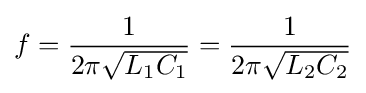
f={1 \over {2\pi {\sqrt {L_{1}C_{1}}}}}={1 \over {2\pi {\sqrt {L_{2}C_{2}}}}}